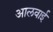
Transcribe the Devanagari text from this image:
आलवाई